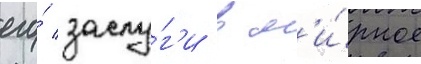
его́ заслу́г'и в м'и́рное